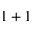
1 + 1